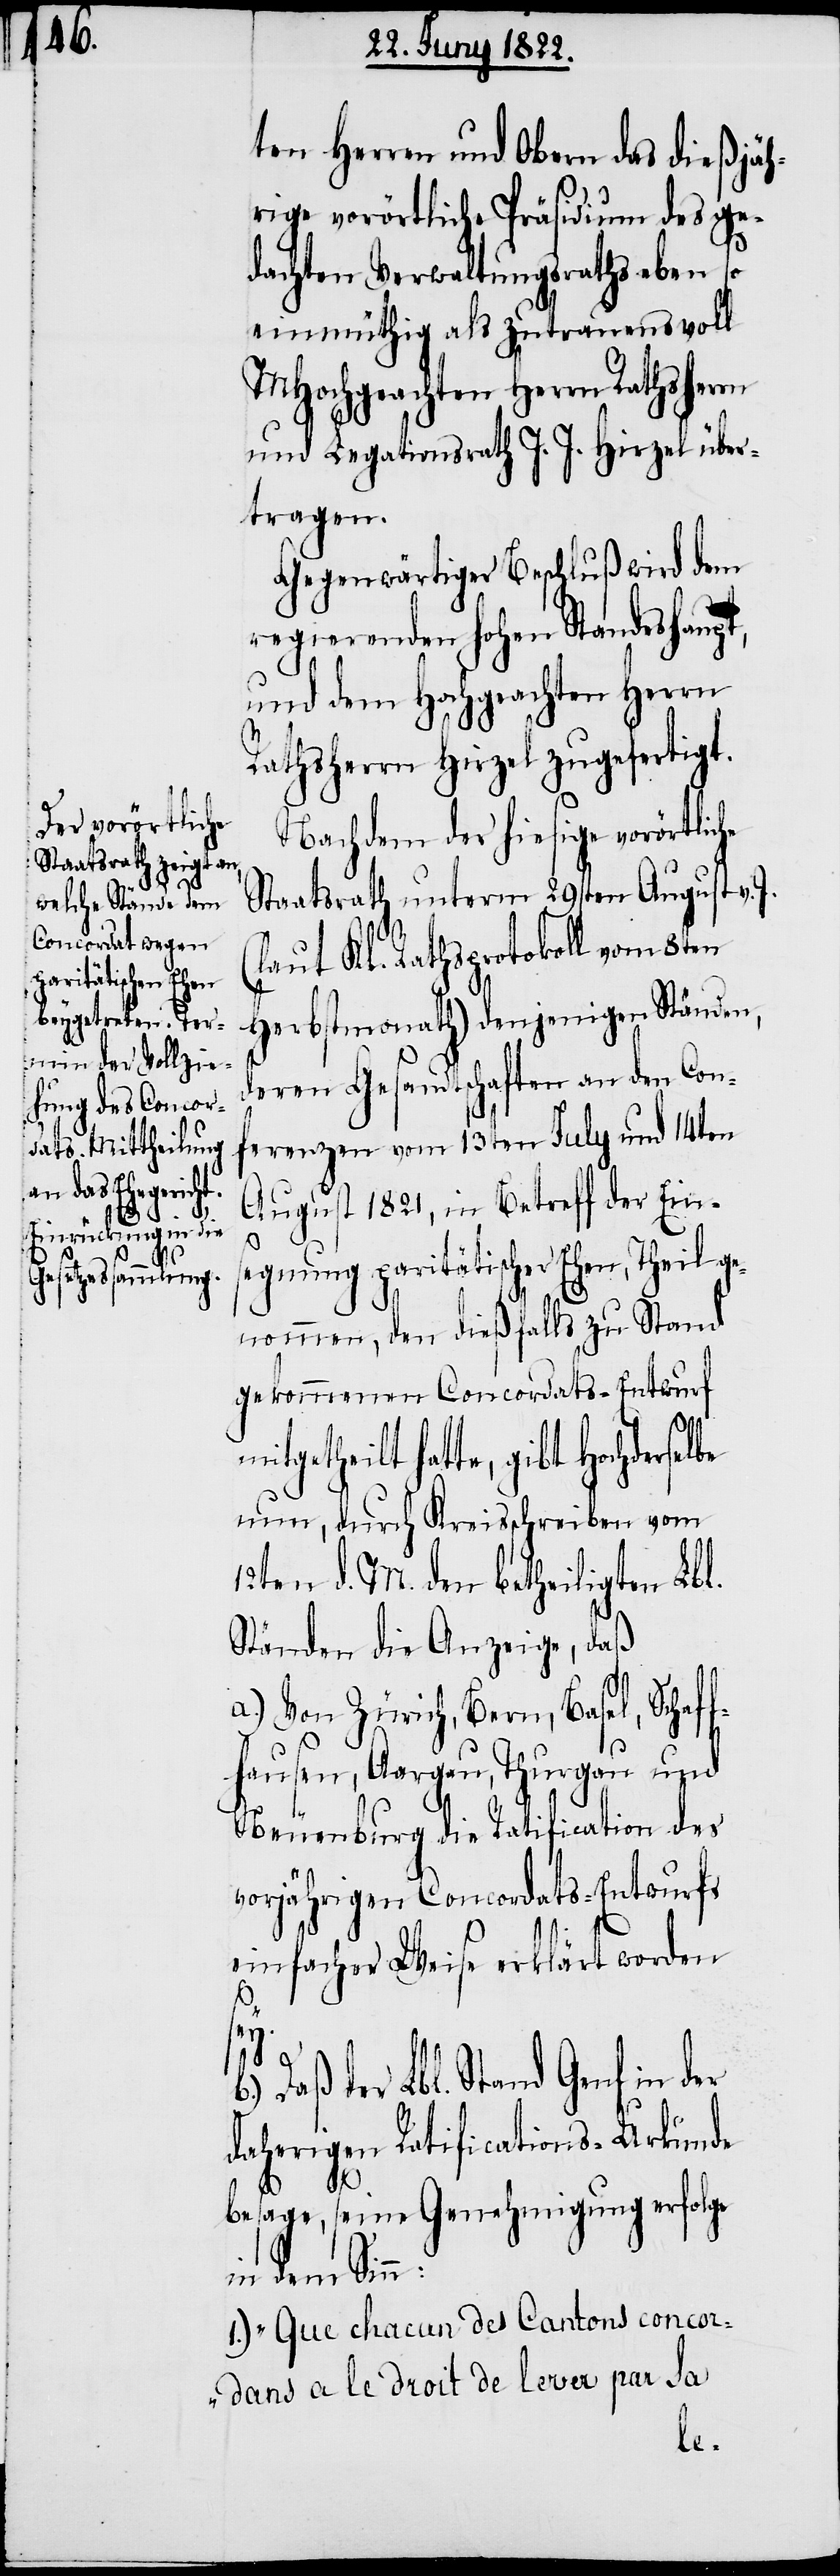
ten Herren und Obern das dießjäh¬
rige vorörtliche Präsidium des ge¬
dachten Verwaltungsraths eben so
einmüthig als zutrauensvoll
MHochgeachten Herrn Rathsherrn
und Legationsrath J. J. Hirzel über¬
tragen.
Gegenwärtiger Beschluß wir dem
regierenden Hohen Standeshaupt,
und dem Hochgeachten Herrn
Rathsherrn Hirzel zugefertigt.
Nachdem der hiesige vorörtliche
Staatsrath unterm 29sten August v.
(laut Kl. Rathsprotokoll vom 8ten
Herbstmonath) denjenigen Ständen,
deren Gesandtschaften an den Con¬
ferenzen vom 13ten July und 14ten
August 1821, in Betreff der Eins¬
egnung paritätischer Ehen, Theil ge¬
nommen, den dießfalls zu Stand
gekommenen Concordats-Entwurf
te, gibt Hochderselbe
nun, durch Kreisschreiben vom
12ten d. M. den betheiligten Lbl.
Ständen die Anzeige, daß
a.) Von Zürich, Bern, Basel, Schaff¬
hausen, Aargau, Thurgau und
Neuenburg die Ratification des
vorjährigen Concordats-Entwurfs
einfacher Weise erklärt worden
Daß der Lbl. Stand Genf in der
daherigen Ratifications-Urkunde
b.)
besage, seine Genehmigung erfolge
dem Sinn:
1.) „Que chacun des Cantons concor¬
dans a le droit de lever par sa